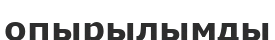
опырылымды